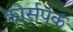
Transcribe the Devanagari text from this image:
कोर्सपॅक